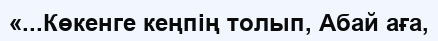
«...Көкенге кеңпің толып, Абай аға,